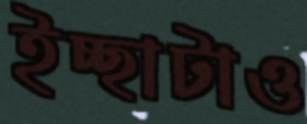
ইচ্ছাটাও